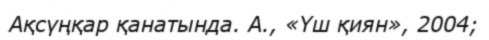
Ақсүңқар қанатында. А., «Үш қиян», 2004;